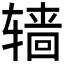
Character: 𰺙